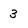
Character: 3